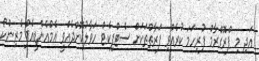
އަދި މި ޕްރޮގްރާމް ފުރިހަމަ ކުރެއްވި ފަރާތްތަކަށް ސެޓްފިކެޓް ހަވާލުކޮށްދެއްވީ އެމްއެންޑީއެފް މެރިންކޯ